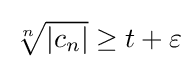
{\textstyle {\sqrt[{n}]{|c_{n}|}}\geq t+\varepsilon }